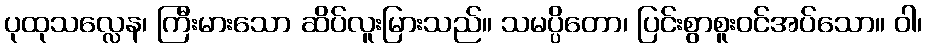
ပုထုသလ္လေန၊ ကြီးမားသော ဆိပ်လူးမြားသည်။ သမပ္ပိတော၊ ပြင်းစွာစူးဝင်အပ်သော။ ဝါ၊